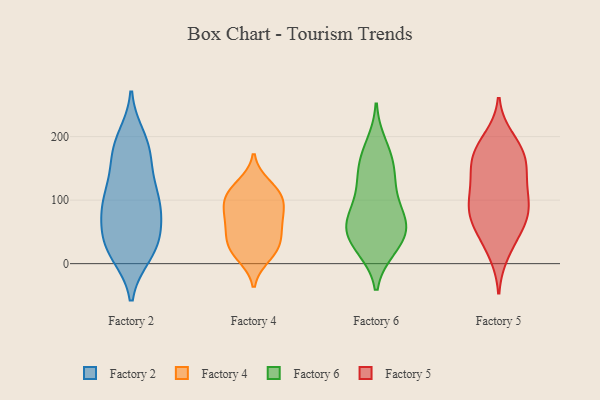
{"axis": {"x": "Churn Rate (%)", "y": "Value"}, "legend": ["Factory 2", "Factory 4", "Factory 5", "Factory 6"], "data": [{"x": "", "y": 186, "type": "Factory 2"}, {"x": "", "y": 74, "type": "Factory 2"}, {"x": "", "y": 16, "type": "Factory 2"}, {"x": "", "y": 94, "type": "Factory 2"}, {"x": "", "y": 99, "type": "Factory 2"}, {"x": "", "y": 85, "type": "Factory 2"}, {"x": "", "y": 165, "type": "Factory 2"}, {"x": "", "y": 34, "type": "Factory 2"}, {"x": "", "y": 125, "type": "Factory 2"}, {"x": "", "y": 168, "type": "Factory 2"}, {"x": "", "y": 38, "type": "Factory 2"}, {"x": "", "y": 14, "type": "Factory 2"}, {"x": "", "y": 46, "type": "Factory 2"}, {"x": "", "y": 92, "type": "Factory 2"}, {"x": "", "y": 15, "type": "Factory 2"}, {"x": "", "y": 96, "type": "Factory 2"}, {"x": "", "y": 189, "type": "Factory 2"}, {"x": "", "y": 41, "type": "Factory 2"}, {"x": "", "y": 199, "type": "Factory 2"}, {"x": "", "y": 132, "type": "Factory 2"}, {"x": "", "y": 59, "type": "Factory 4"}, {"x": "", "y": 77, "type": "Factory 4"}, {"x": "", "y": 111, "type": "Factory 4"}, {"x": "", "y": 51, "type": "Factory 4"}, {"x": "", "y": 124, "type": "Factory 4"}, {"x": "", "y": 29, "type": "Factory 4"}, {"x": "", "y": 101, "type": "Factory 4"}, {"x": "", "y": 110, "type": "Factory 4"}, {"x": "", "y": 19, "type": "Factory 4"}, {"x": "", "y": 93, "type": "Factory 4"}, {"x": "", "y": 72, "type": "Factory 4"}, {"x": "", "y": 31, "type": "Factory 4"}, {"x": "", "y": 12, "type": "Factory 4"}, {"x": "", "y": 52, "type": "Factory 6"}, {"x": "", "y": 76, "type": "Factory 6"}, {"x": "", "y": 117, "type": "Factory 6"}, {"x": "", "y": 67, "type": "Factory 6"}, {"x": "", "y": 166, "type": "Factory 6"}, {"x": "", "y": 28, "type": "Factory 6"}, {"x": "", "y": 159, "type": "Factory 6"}, {"x": "", "y": 25, "type": "Factory 6"}, {"x": "", "y": 140, "type": "Factory 6"}, {"x": "", "y": 29, "type": "Factory 6"}, {"x": "", "y": 118, "type": "Factory 6"}, {"x": "", "y": 73, "type": "Factory 6"}, {"x": "", "y": 58, "type": "Factory 6"}, {"x": "", "y": 186, "type": "Factory 6"}, {"x": "", "y": 57, "type": "Factory 6"}, {"x": "", "y": 56, "type": "Factory 5"}, {"x": "", "y": 17, "type": "Factory 5"}, {"x": "", "y": 113, "type": "Factory 5"}, {"x": "", "y": 175, "type": "Factory 5"}, {"x": "", "y": 128, "type": "Factory 5"}, {"x": "", "y": 154, "type": "Factory 5"}, {"x": "", "y": 100, "type": "Factory 5"}, {"x": "", "y": 72, "type": "Factory 5"}, {"x": "", "y": 178, "type": "Factory 5"}, {"x": "", "y": 75, "type": "Factory 5"}, {"x": "", "y": 68, "type": "Factory 5"}, {"x": "", "y": 197, "type": "Factory 5"}, {"x": "", "y": 98, "type": "Factory 5"}, {"x": "", "y": 149, "type": "Factory 5"}, {"x": "", "y": 181, "type": "Factory 5"}, {"x": "", "y": 151, "type": "Factory 5"}, {"x": "", "y": 34, "type": "Factory 5"}, {"x": "", "y": 88, "type": "Factory 5"}]}